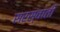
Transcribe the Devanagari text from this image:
सरस्वाती